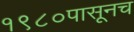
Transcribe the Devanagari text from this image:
१९८०पासूनच